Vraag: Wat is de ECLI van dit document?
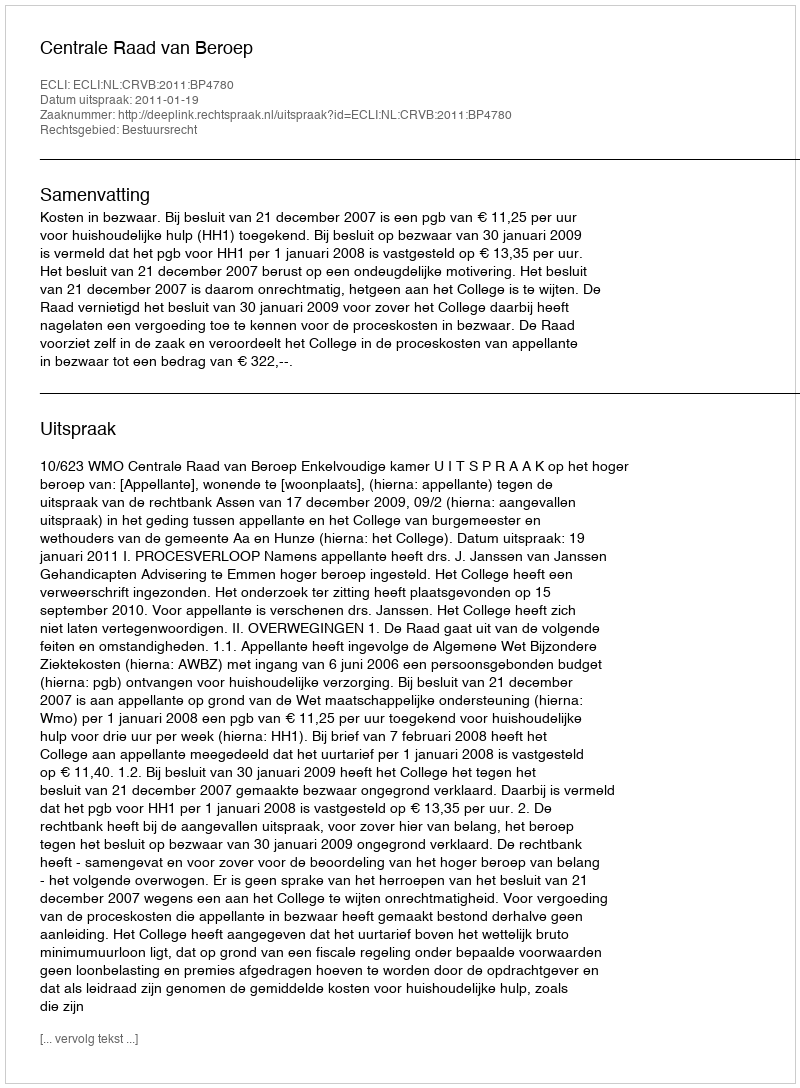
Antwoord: ECLI:NL:CRVB:2011:BP4780